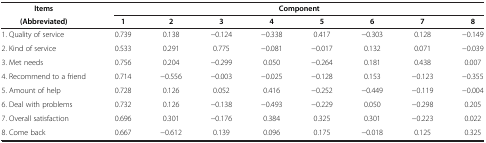
<table><thead><tr><td><b>Items</b></td><td colspan="8"><b>Component</b></td></tr><tr><td><b>(Abbreviated)</b></td><td><b>1</b></td><td><b>2</b></td><td><b>3</b></td><td><b>4</b></td><td><b>5</b></td><td><b>6</b></td><td><b>7</b></td><td><b>8</b></td></tr></thead><tbody><tr><td>1. Quality of service</td><td>0.739</td><td>0.138</td><td>-0.124</td><td>-0.338</td><td>0.417</td><td>-0.303</td><td>0.128</td><td>-0.149</td></tr><tr><td>2. Kind of service</td><td>0.533</td><td>0.291</td><td>0.775</td><td>-0.081</td><td>-0.017</td><td>0.132</td><td>0.071</td><td>-0.039</td></tr><tr><td>3. Met needs</td><td>0.756</td><td>0.204</td><td>-0.299</td><td>0.050</td><td>-0.264</td><td>0.181</td><td>0.438</td><td>0.007</td></tr><tr><td>4. Recommend to a friend</td><td>0.714</td><td>-0.556</td><td>-0.003</td><td>-0.025</td><td>-0.128</td><td>0.153</td><td>-0.123</td><td>-0.355</td></tr><tr><td>5. Amount of help</td><td>0.728</td><td>0.126</td><td>0.052</td><td>0.416</td><td>-0.252</td><td>-0.449</td><td>-0.119</td><td>-0.004</td></tr><tr><td>6. Deal with problems</td><td>0.732</td><td>0.126</td><td>-0.138</td><td>-0.493</td><td>-0.229</td><td>0.050</td><td>-0.298</td><td>0.205</td></tr><tr><td>7. Overall satisfaction</td><td>0.696</td><td>0.301</td><td>-0.176</td><td>0.384</td><td>0.325</td><td>0.301</td><td>-0.223</td><td>0.022</td></tr><tr><td>8. Come back</td><td>0.667</td><td>-0.612</td><td>0.139</td><td>0.096</td><td>0.175</td><td>-0.018</td><td>0.125</td><td>0.325</td></tr></tbody></table>